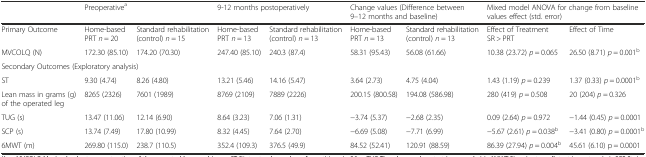
<table><thead><tr><td></td><td colspan="2"><b>Preoperative<sup>a</sup></b></td><td colspan="2"><b>9-12 months postoperatively</b></td><td colspan="2"><b>Change values (Difference between 9–12 months and baseline)</b></td><td colspan="2"><b>Mixed model ANOVA for change from baseline values effect (std. error)</b></td></tr></thead><tbody><tr><td>Primary Outcome</td><td>Home-based PRT <i>n</i> = 20</td><td>Standard rehabilitation (control) <i>n</i> = 15</td><td>Home-based PRT <i>n</i> = 13</td><td>Standard rehabilitation (control) <i>n</i> = 13</td><td>Home-based PRT <i>n</i> = 13</td><td>Standard rehabilitation (control) <i>n</i> = 13</td><td>Effect of Treatment SR &gt; PRT</td><td>Effect of Time</td></tr><tr><td>MVCOLQ (N)</td><td>172.30 (85.10)</td><td>174.20 (70.30)</td><td>247.40 (85.10)</td><td>240.3 (87.4)</td><td>58.31 (95.43)</td><td>56.08 (61.66)</td><td>10.38 (23.72) <i>p</i> = 0.065</td><td>26.50 (8.71) <i>p</i> = 0.001<sup>b</sup></td></tr><tr><td colspan="9">Secondary Outcomes (Exploratory analysis)</td></tr><tr><td>ST</td><td>9.30 (4.74)</td><td>8.26 (4.80)</td><td>13.21 (5.46)</td><td>14.16 (5.47)</td><td>3.64 (2.73)</td><td>4.75 (4.04)</td><td>1.43 (1.19) <i>p</i> = 0.239</td><td>1.37 (0.33) <i>p</i> = 0.0001<sup>b</sup></td></tr><tr><td>Lean mass in grams (g) of the operated leg</td><td>8265 (2326)</td><td>7601 (1989)</td><td>8769 (2109)</td><td>7889 (2226)</td><td>200.15 (800.58)</td><td>194.08 (586.98)</td><td>280 (419) <i>p</i> = 0.508</td><td>20 (204) <i>p</i> = 0.326</td></tr><tr><td>TUG (s)</td><td>13.47 (11.06)</td><td>12.14 (6.90)</td><td>8.64 (3.23)</td><td>7.06 (1.31)</td><td>−3.74 (5.37)</td><td>−2.68 (2.35)</td><td>0.09 (2.64) <i>p</i> = 0.972</td><td>−1.44 (0.45) <i>p</i> = 0.0001</td></tr><tr><td>SCP (s)</td><td>13.74 (7.49)</td><td>17.80 (10.99)</td><td>8.32 (4.45)</td><td>7.64 (2.70)</td><td>−6.69 (5.08)</td><td>−7.71 (6.99)</td><td>−5.67 (2.61) <i>p</i> = 0.038<sup>b</sup></td><td>−3.41 (0.80) <i>p</i> = 0.0001<sup>b</sup></td></tr><tr><td>6MWT (m)</td><td>269.80 (115.0)</td><td>238.7 (110.5)</td><td>352.4 (109.3)</td><td>376.5 (49.9)</td><td>84.52 (52.41)</td><td>120.91 (88.59)</td><td>86.39 (27.94) <i>p</i> = 0.004<sup>b</sup></td><td>45.61 (6.10) p = 0.0001</td></tr></tbody></table>